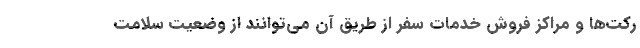
رکت‌ها و مراکز فروش خدمات سفر از طریق آن می‌توانند از وضعیت سلامت